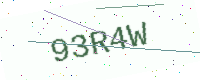
Text: 93R4W